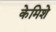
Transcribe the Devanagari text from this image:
केमिशे